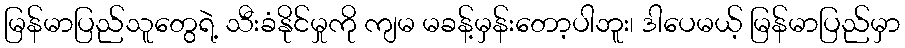
မြန်မာပြည်သူတွေရဲ့ သီးခံနိုင်မှုကို ကျမ မခန့်မှန်းတော့ပါဘူး၊ ဒါပေမယ့် မြန်မာပြည်မှာ